Report on the bubonic plague in Bombay, 1896-1897
Year: 1896
Disease focus: Plague
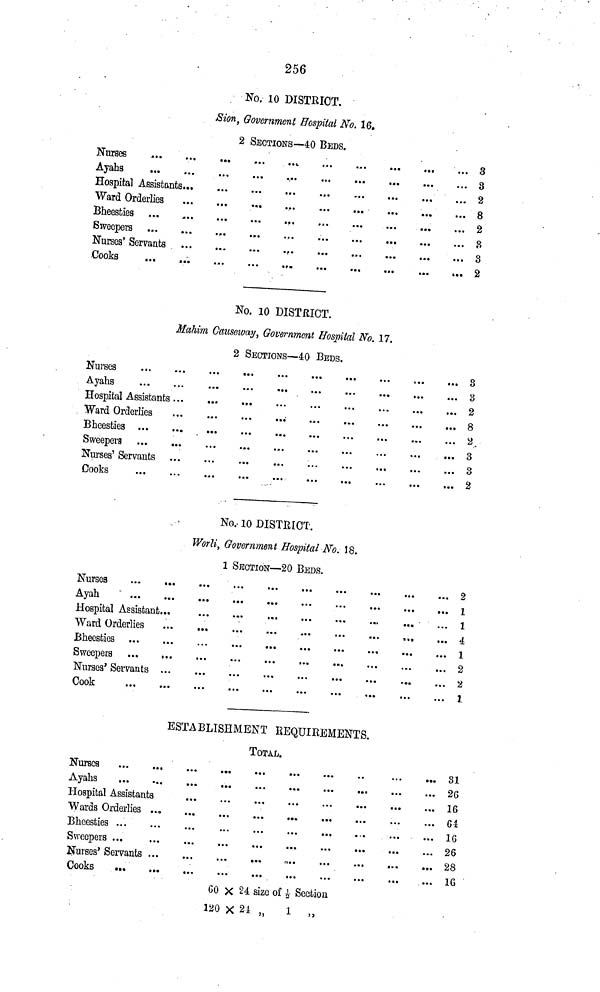
256
No. 10 DISTRICT.
JSion, Government Hospital No. 16.
2 SECTIONS—40 BEDS.
Nuraes ...
Ayahs ...
Hospital Assistante
Ward Orderlies
Bheesties ...
Sweepers ...
Nurses' Servants .
Cooks ...
...
...
...
...
...
...
...
...
...
...
...
...
...
...
...
...
...
...
...
...
...
...
...
...
...
...
...
...
...
...
...
...
...
...
...
...
...
...
...
...
...
...
...
...
...
...
...
...
...
...
...
...
...
...
...
...
...
...
...
...
...
...
...
...
... 3
... 3
... 2
... 8
... 2
... 8
... 3
... 2
No. 10 DISTRICT.
Mahim Causeway, Government Hospital No, 17.
2 SECTIONS—40 BEDS.
Nurses ...
Àyahs ...
Hospital Assistants
Ward Orderlies
Bheesties ...
Sweepers ...
Nurses' Servants
Cooks ...
...
...
...
...
...
...
...
...
...
...
...
...
...
....
...
...
...
...
...
...
...
...
...
...
...
...
...
...
...
...
...
...
...
...
...
...
...
....
...
...
...
...
....
...
...
...
...
...
...
...
...
...
...
...
...
...
...
...
...
...
....
...
...
...
... 3
... 3
... 2
... 8
... 2.
... 3
... 3
... 2
No.-10 DISTRICT.
Worli, Government Hospital No. 18.
1 SECTION—20 BEDS.
Nurses ...
Aash ...
Hospital Assistant
Ward Orderlies
Bheestes ...
Sweeners ...
Nurses' Servants
Cook ...
...
...
j...
...
...
...
...
...
...
...
...
...
....
...
...
...
...
...
...
...
...
...
...
...
...
...
...
...
...
...
...
...
...
...
...
....
...
...
...
...
...
...
...
...
...
...
...
...
...
...
...
....
...
...
...
...
...
...
...
...
....
...
...
...
...
...
...
...
...
...
...
...
2
1
1
4
1
2
2
1
ESTABLISHMENT REQUIREMENTS.
TOTAL.
Nurscs ...
Ayahs ...
Hospital Assistant
Wards Orderlies
Bheesties ...
Sweepers ...
Nurses' Servants
Cooks
...
...
...
s
...
...
...
...
...
...
...
...
...
...
...
...
...
...
...
...
...
...
...
...
...
...
...
...
...
...
...
...
...
...
...
...
...
...
...
...
...
...
...
...
...
...
...
....
...
...
...
...
...
...
...
...
...
...
...
...
...
...
...
....
....
...
...
...
...
...
...
...
...
31
26
16
61
16
26
28
16
60 X 24 size of - Section
120 X 24 „
1
„